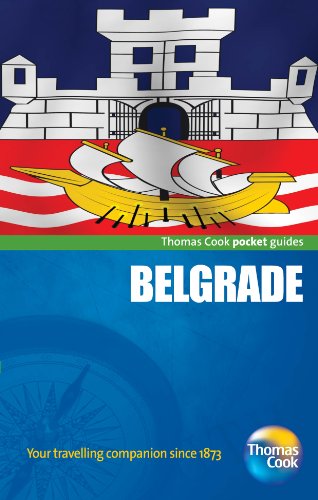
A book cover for Belgrade. (Pocket Guides); Travel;